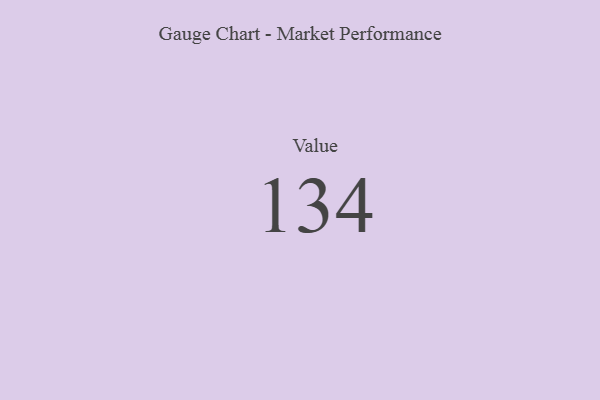
{"axis": {"x": "Metric", "y": "Value"}, "legend": [""], "data": [{"x": "Value", "y": 134, "type": ""}]}